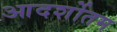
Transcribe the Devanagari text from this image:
आदर्शोतम